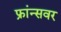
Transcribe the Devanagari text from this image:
फ्रांन्सवर